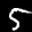
Label: 5